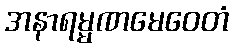
အနာရမ္မဏမေဝေတံ